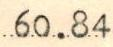
60.84